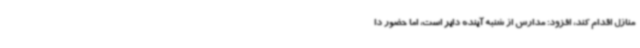
منازل اقدام کند، افزود: مدارس از شنبه آینده دایر است، اما حضور دا